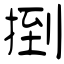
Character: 捯